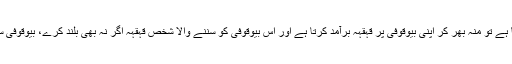
غلام نبی جب بھی یہ واقعہ بیان کرتا ہے تو منہ بھر کر اپنی بیوقوفی پر قہقہہ برآمد کرتا ہے اور اس بیوقوفی کو سننے والا شخص قہقہہ اگر نہ بھی بلند کرے، بیوقوفی سنانے کے انداز پر ہنستا ضرور ہے۔